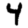
Digit: 4